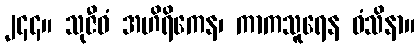
၂၄၄။ သုဇီဝံ အဟိရိကေန၊ ကာကသူရေန ဓံသိနာ။